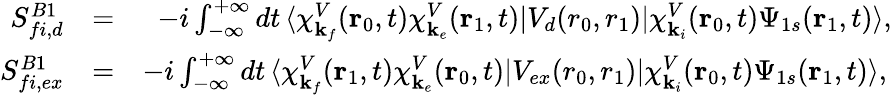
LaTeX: \begin{array}{rlr}{S_{fi,d}^{B1}}&{=}&{-i\int_{-\infty}^{+\infty}dt\, \langle\chi_{\mathbf{k}_{f}}^{V}(\mathbf{r}_{0},t)\chi_{\mathbf{k}_{e}}^{V}(\mathbf{r}_{1},t)|V_{d}(r_{0},{r}_{1})|{\chi}_{\mathbf{k}_{i}}^{V}(\mathbf{r}_{0},t)\Psi_{1s}(\mathbf{r}_{1},t)\rangle,}\\ {S_{fi,ex}^{B1}}&{=}&{-i\int_{-\infty}^{+\infty}dt\, \langle\chi_{\mathbf{k}_{f}}^{V}(\mathbf{r}_{1},t)\chi_{\mathbf{k}_{e}}^{V}(\mathbf{r}_{0},t)|V_{ex}(r_{0},{r}_{1})|{\chi}_{\mathbf{k}_{i}}^{V}(\mathbf{r}_{0},t)\Psi_{1s}(\mathbf{r}_{1},t)\rangle,\, }\end{array}